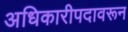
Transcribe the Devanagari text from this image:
अधिकारीपदावरून